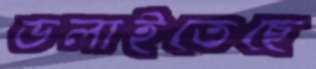
ডলাইতেছে